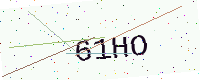
Text: 61HO